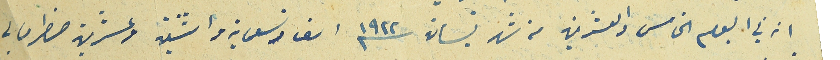
انه في اليوم الخامس والعشرين من شهر نيسان ١٩٢٢ الف وتسعماية واثنين وعشرين حضر امامي